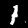
Label: 1